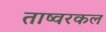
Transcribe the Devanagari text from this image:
ताष्वरकल